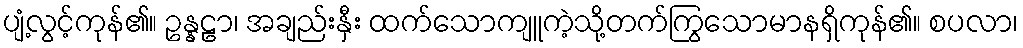
ပျံ့လွင့်ကုန်၏။ ဥန္နဠာ၊ အချည်းနှီး ထက်သောကျူကဲ့သို့တက်ကြွသောမာနရှိကုန်၏။ စပလာ၊